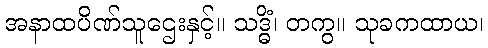
အနာထပိဏ်သူဌေးနှင့်။ သဒ္ဓိံ၊ တကွ။ သုခကထာယ၊